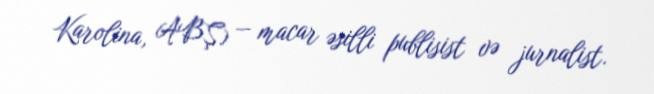
Karolina, ABŞ) — macar əsilli publisist və jurnalist.